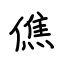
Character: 僬